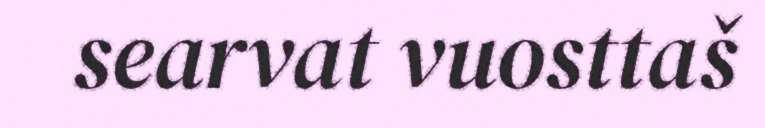
searvat vuosttaš